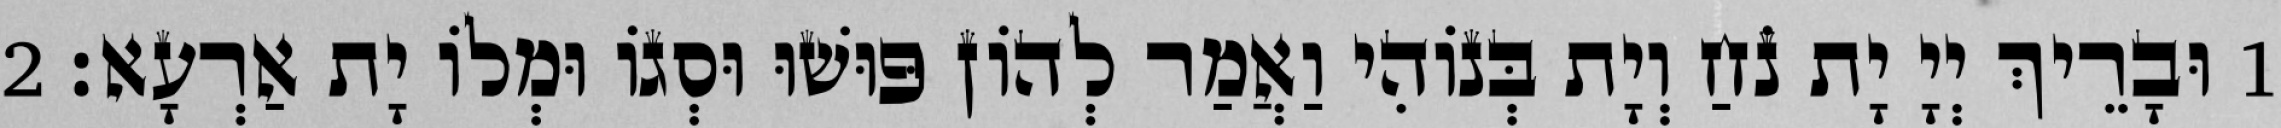
1 וּבָרֵיךְ יְיָ יָת נֹחַ וְיָת בְּנוֹהִי וַאֲמַר לְהוֹן פּוּשׁוּ וּסְגוֹ וּמְלוֹ יָת אַרְעָא׃ 2